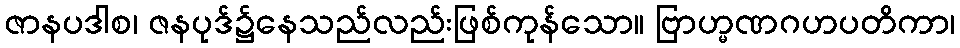
ဇာနပဒါစ၊ ဇနပုဒ်၌နေသည်လည်းဖြစ်ကုန်သော။ ဗြာဟ္မဏဂဟပတိကာ၊